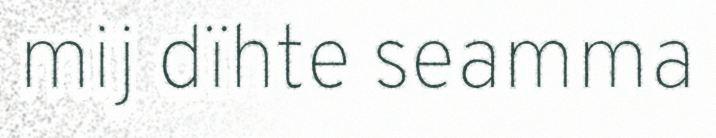
mij dïhte seamma